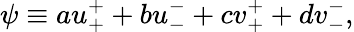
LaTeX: \psi\equiv au_{+}^{+}+bu_{-}^{-}+cv_{+}^{+}+dv_{-}^{-},